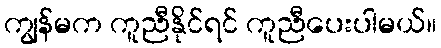
ကျွန်မက ကူညီနိုင်ရင် ကူညီပေးပါမယ်။